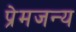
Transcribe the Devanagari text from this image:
प्रेमजन्य